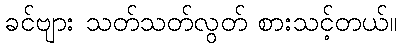
ခင်ဗျား သတ်သတ်လွတ် စားသင့်တယ်။